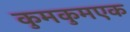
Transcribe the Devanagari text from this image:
कुमकुमएक